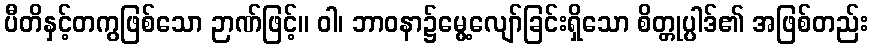
ပီတိနှင့်တကွဖြစ်သော ဉာဏ်ဖြင့်။ ဝါ၊ ဘာဝနာ၌မွေ့လျော်ခြင်းရှိသော စိတ္တုပ္ပါဒ်၏ အဖြစ်တည်း